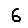
Digit: 6